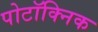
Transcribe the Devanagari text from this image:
पोटॉक्निक